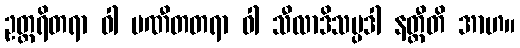
ဥတ္တရိတရာ ဝါ ပဏီတတရာ ဝါ သီလာဒိသမ္ပဒါ နတ္ထီတိ အာဟ။